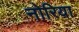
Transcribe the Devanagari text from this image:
नोरिया